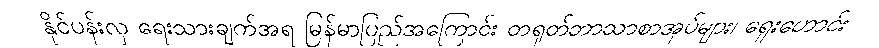
နိုင်ပန်းလှ ရေးသားချက်အရ မြန်မာပြည်အကြောင်း တရုတ်ဘာသာစာအုပ်များ၊ ရှေးဟောင်း